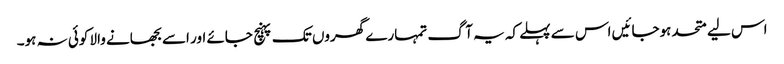
اس لیے متحد ہوجائیں اس سے پہلے کہ یہ آگ تمہارے گھروں تک پہنچ جائے اور اسے بجھانے والا کوئی نہ ہو۔